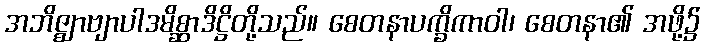
အဘိဇ္ဈာဗျာပါဒမိစ္ဆာဒိဋ္ဌိတို့သည်။ စေတနာပက္ခိကာဝါ၊ စေတနာ၏ အဖို့၌